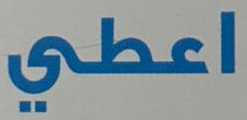
اعطي